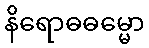
နိရောဓဓမ္မော